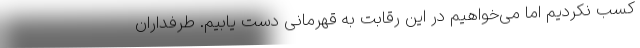
کسب نکردیم اما می‌خواهیم در این رقابت به قهرمانی دست یابیم. طرفداران